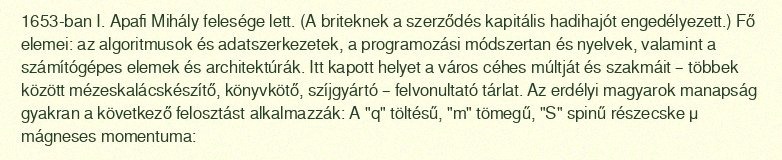
1653-ban I. Apafi Mihály felesége lett. (A briteknek a szerződés kapitális hadihajót engedélyezett.) Fő elemei: az algoritmusok és adatszerkezetek, a programozási módszertan és nyelvek, valamint a számítógépes elemek és architektúrák. Itt kapott helyet a város céhes múltját és szakmáit – többek között mézeskalácskészítő, könyvkötő, szíjgyártó – felvonultató tárlat. Az erdélyi magyarok manapság gyakran a következő felosztást alkalmazzák: A "q" töltésű, "m" tömegű, "S" spinű részecske μ mágneses momentuma: